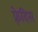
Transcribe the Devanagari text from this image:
फ़्रेदिस